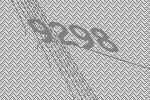
9298